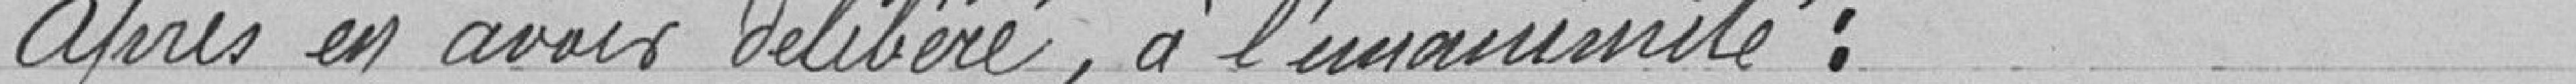
Après en avoir délibéré, à l'unanimité :